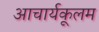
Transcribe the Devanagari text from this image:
आचार्यकूलम